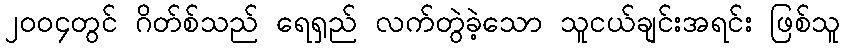
၂၀၀၄တွင် ဂိတ်စ်သည် ရေရှည် လက်တွဲခဲ့သော သူငယ်ချင်းအရင်း ဖြစ်သူ